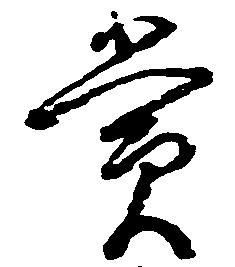
賞